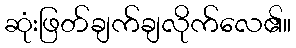
ဆုံးဖြတ်ချက်ချလိုက်လေ၏။